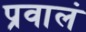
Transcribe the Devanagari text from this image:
प्रवालं